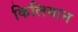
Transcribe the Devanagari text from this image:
किलियान